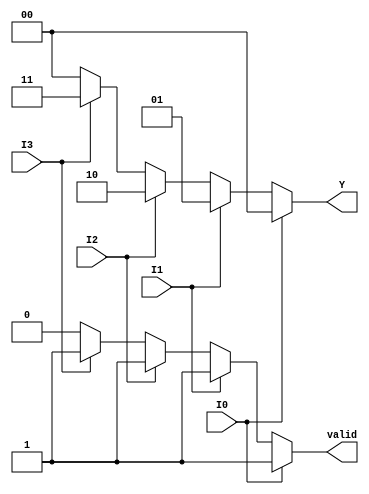
module priority_encoder (
    input wire I0,    // Highest priority input
    input wire I1,
    input wire I2,
    input wire I3,    // Lowest priority input
    output reg [1:0] Y, // 2-bit output for encoded value
    output reg valid   // Valid output signal
);

always @(*) begin
    // Default values
    Y = 2'b00; // Default output when no inputs are active
    valid = 1'b0; // Default valid signal is low

    // Check inputs in order of priority
    if (I0) begin
        Y = 2'b00; // Output for I0
        valid = 1'b1; // Set valid signal
    end else if (I1) begin
        Y = 2'b01; // Output for I1
        valid = 1'b1; // Set valid signal
    end else if (I2) begin
        Y = 2'b10; // Output for I2
        valid = 1'b1; // Set valid signal
    end else if (I3) begin
        Y = 2'b11; // Output for I3
        valid = 1'b1; // Set valid signal
    end
end

endmodule